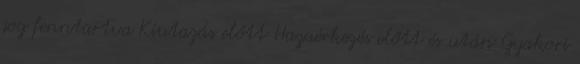
jog fenntartva Kiutazás előtt Hazaérkezés előtt és után Gyakori